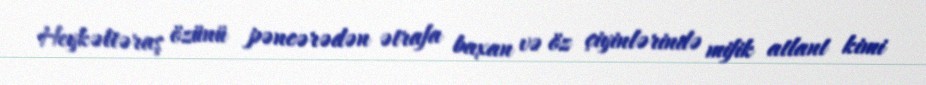
Heykəltəraş özünü pəncərədən ətrafa baxan və öz çiyinlərində mifik atlant kimi